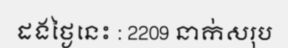
ដងថ្ងៃនេះ : 2209 នាក់សរុប